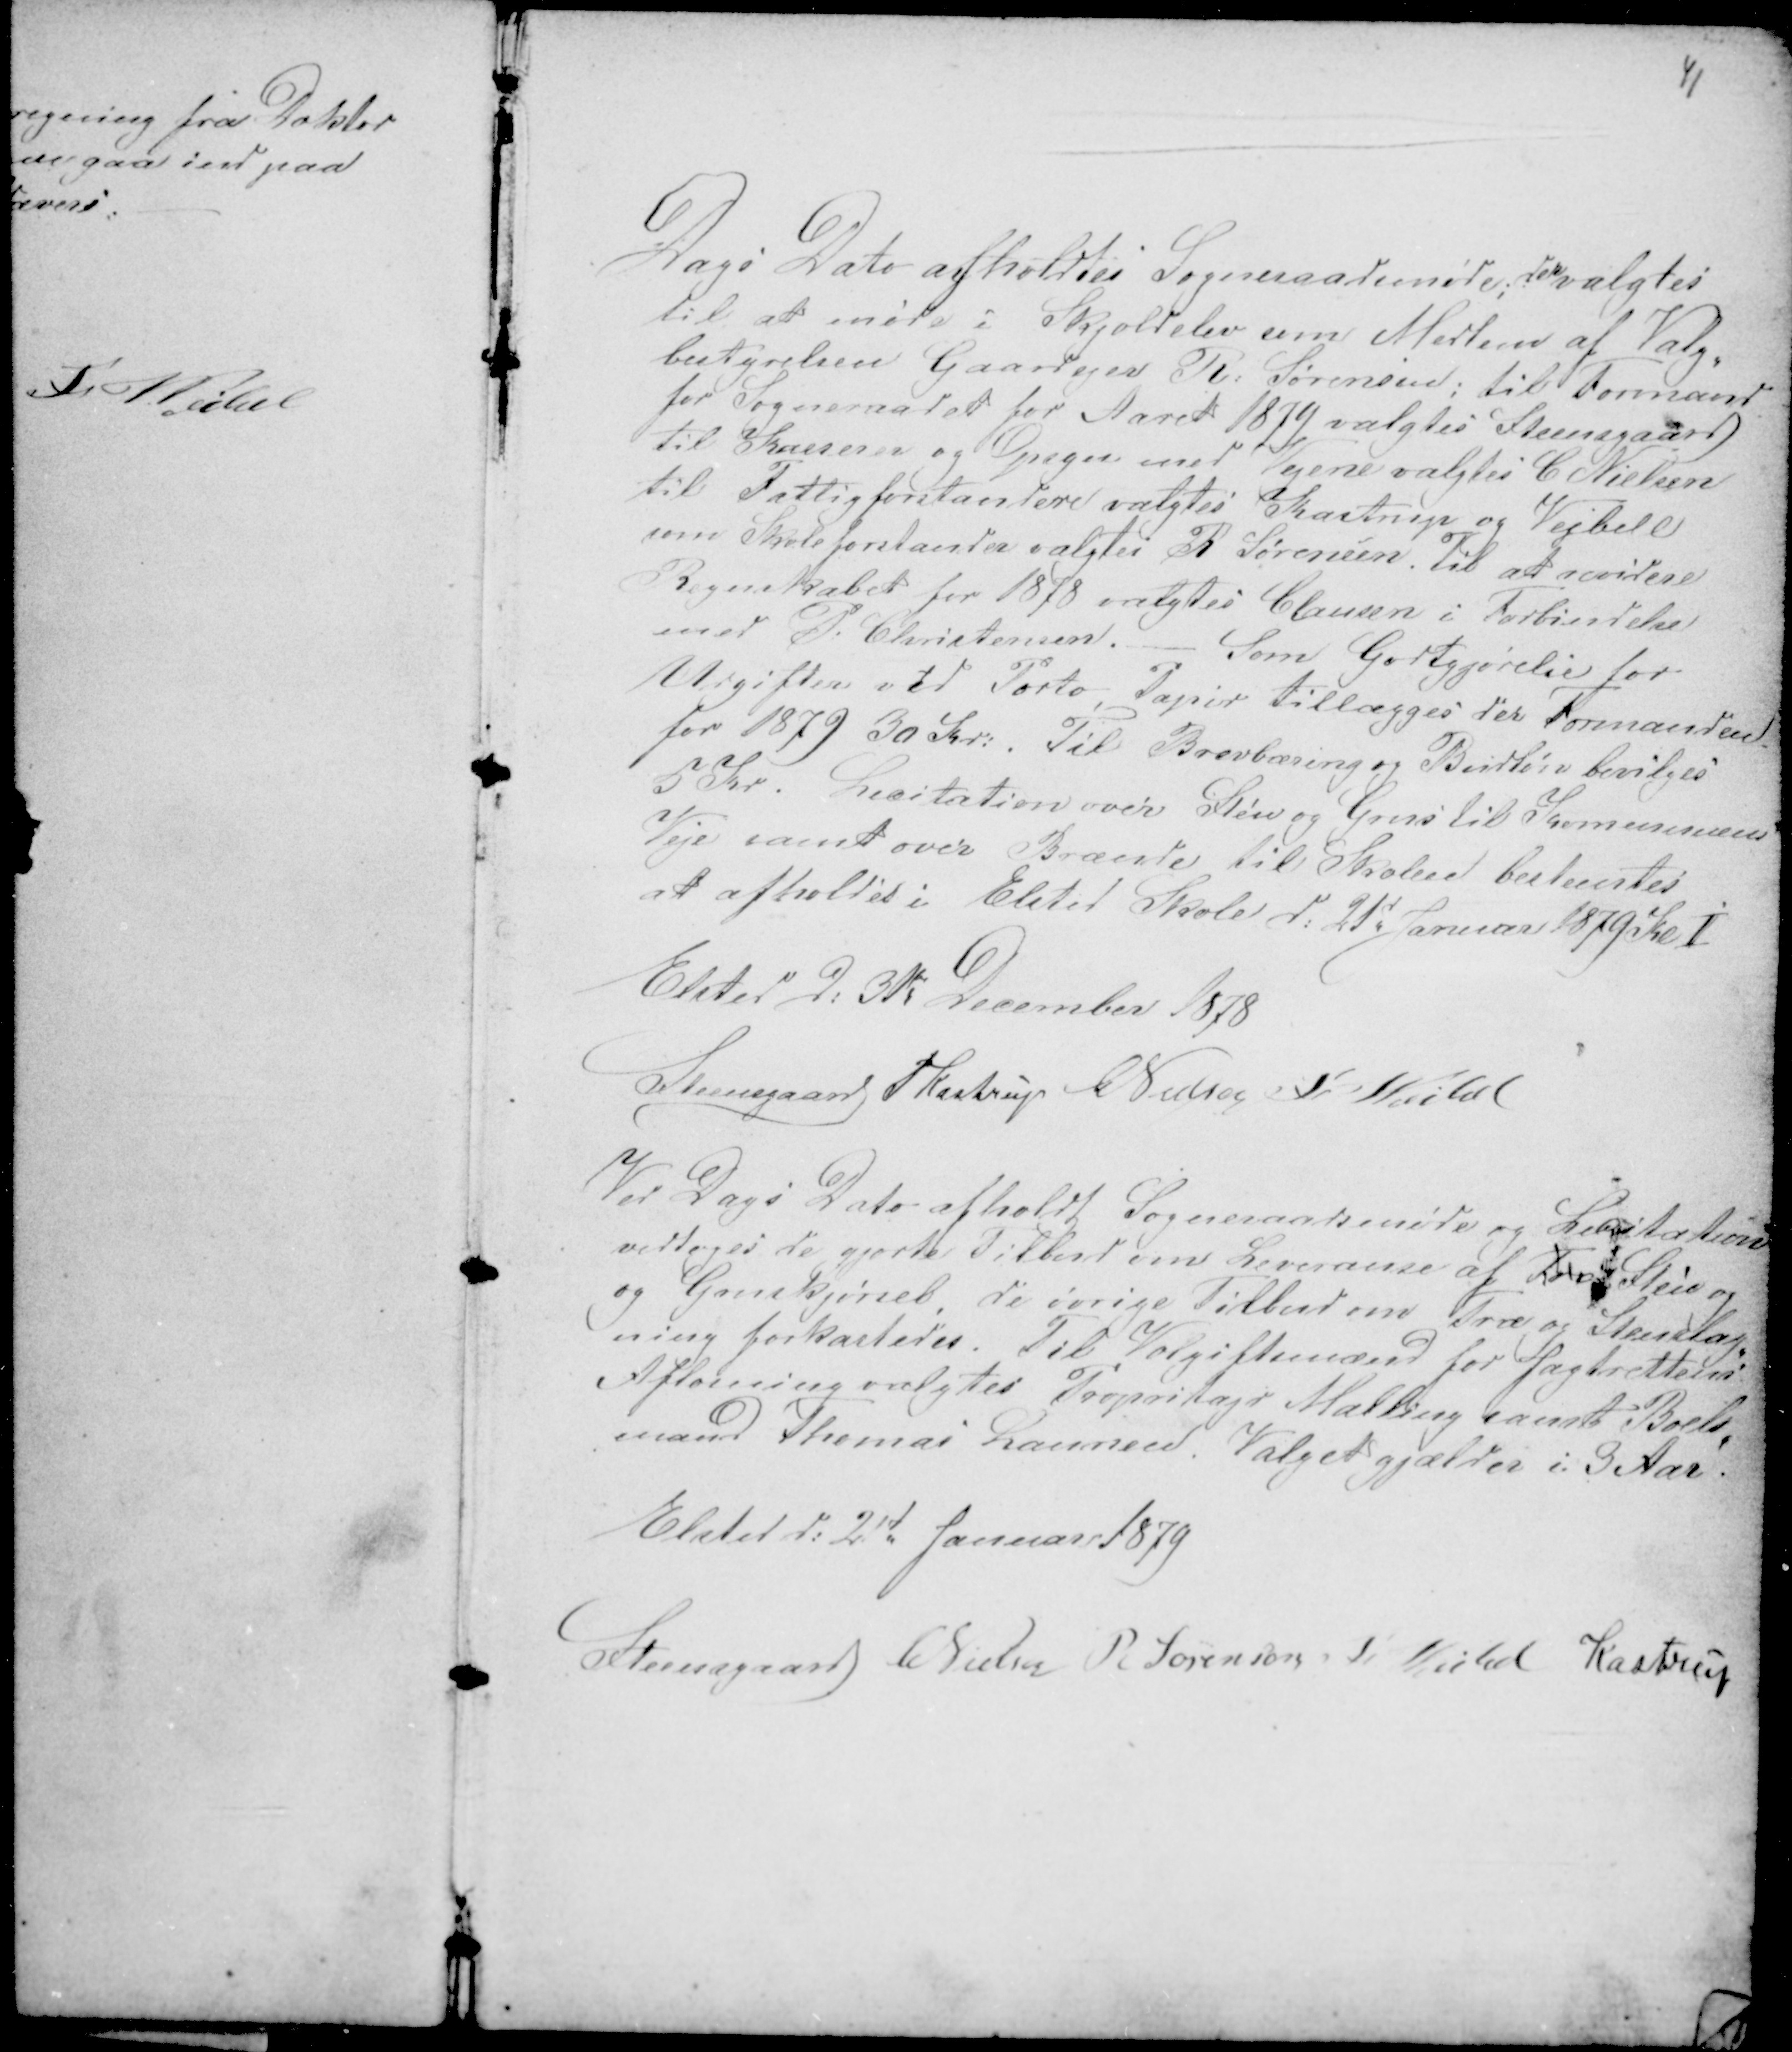
Transskription:
41

Dags Dato afholdtes Sogneraadsmøde; der valgtes
til at møde i Skjoldelev som Medlem af Valg-
bestyrelsen Gaardejer R: Sørensen; til Formand
for Sogneraadet for Aaret 1879 valgtes Steensgaard
til Kasserer og Opsyn med Vejene valgtes C Nielsen
til Fattigforstandere valgtes Kastrup og Vejbell
som Skoleforstander valgtes R Sørensen. Til at revidere
Regnskabet for 1878 valgtes Clausen i Forbindelse
med P. Christensen. - Som Godtgjørelse for
Udgifter ved Porto tillægges der Formanden
for 1879 30 Kr:. Til Brevbæring og Budløn bevilges
5 Kr. Licitation over Sten og Grus til Kommunens
Veje samt over Brænde til Skolen bestemtes
at afholdes i Elsted Skole d: 21d Januar 1879 Kl 1
Elsted D: 31te December 1878
Steensgaard PKastrup CNielsen Fr Weibel

Ved Dags Dato afholdt Sogneraadsmøde og Licitation
vedtoges de gjorte Tilbud over Leveranse af Tørv Sten og
Gruskørsel, de øvrige Tilbud om træ og Stenslag-
ning forkastedes. Til Voldgiftsmænd for Jagtrettens
Afløsning valgtes Propritajr Malling samt Boels-
mand Thomas Laursen. Valget gælder i 3 Aar.
Elsted d: 21d Januar 1879
Steensgaard CNielsen R Sørensen Fr Veibel Kastrup